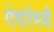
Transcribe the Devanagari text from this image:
रोपांएेवजी